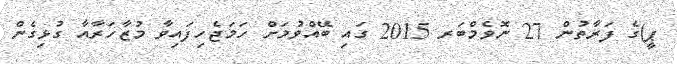
ޕީ)ގެ ފަރާތުން 27 ނޮވެމްބަރ 2015 ގައި ބޭއްވުމަށް ހަމަޖެހިފައިވާ މުޒާހަރާއާ ގުޅިގެން